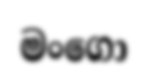
මංගො